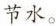
节水。